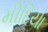
મીદિયા